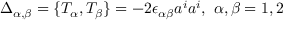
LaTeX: \Delta _ { \alpha , \beta } = \{ T _ { \alpha } , T _ { \beta } \} = - 2 \epsilon _ { \alpha \beta } a ^ { i } a ^ { i } , \, \, \alpha , \beta = 1 , 2